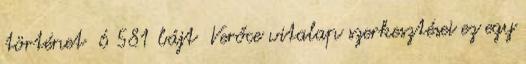
történet ‎ 6 581 bájt ‎Verőce vitalap szerkesztései ez egy